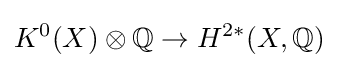
K^{0}(X)\otimes \mathbb {Q} \to H^{2*}(X,\mathbb {Q} )